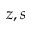
z , s